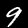
Digit: 9